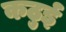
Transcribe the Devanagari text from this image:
कठुई